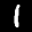
Label: 1